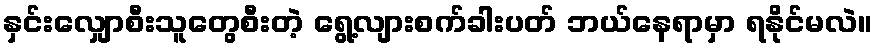
နှင်းလျှောစီးသူတွေစီးတဲ့ ရွေ့လျားစက်ခါးပတ် ဘယ်နေရာမှာ ရနိုင်မလဲ။